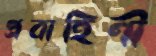
প্রবাহিণী